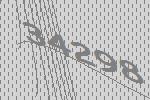
34298